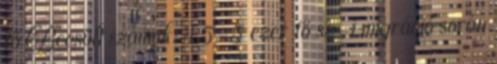
fő Becsült számuk: 4,5-5 ezer fő sz-i migráció során